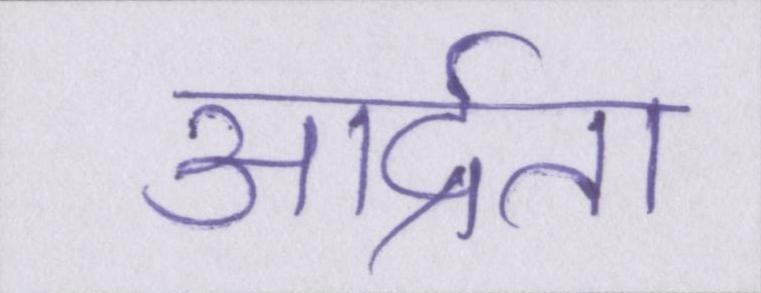
आर्द्रता